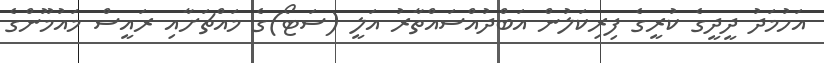
އަހުމަދު ދީދީގެ ކުރީގެ ފިރިކަލުން އަބްދުއްސައްތާރު އަލީ (ސަޓޯ)ގެ މައްޗަށާއި ރައީސް މައުމޫންގެ